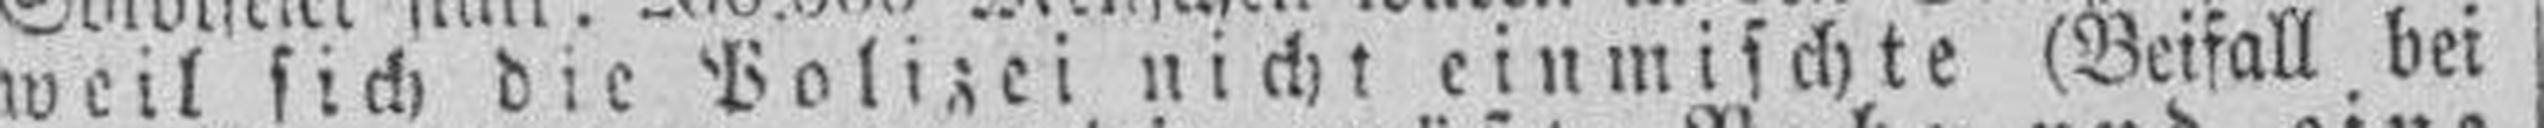
weil sich die Polizei nicht einmischte (Beifall bei